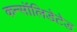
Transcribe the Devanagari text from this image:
कन्सॉलिडेटेड